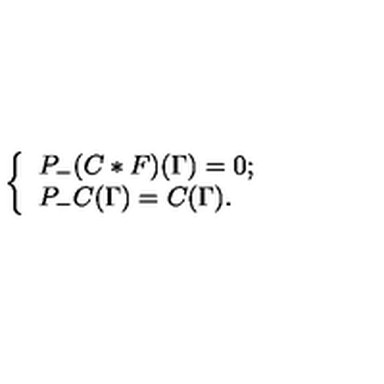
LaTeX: \left\{ \begin{array} { l c } { P _ { - } ( C * F ) ( \Gamma ) = 0 ; } \\ { P _ { - } C ( \Gamma ) = C ( \Gamma ) . } \\ \end{array} \right.